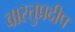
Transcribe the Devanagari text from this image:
वास्तुप्रदीप